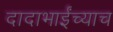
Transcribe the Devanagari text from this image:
दादाभाईंच्याच